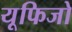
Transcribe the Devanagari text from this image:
यूफिजो